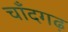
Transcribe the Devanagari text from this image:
चाँदगढ़